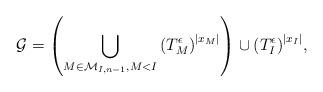
LaTeX: \begin{align*} {\mathcal{G}} = \left(\bigcup _{M \in \mathcal{M}_{I,n-1}, M<I} {(T_M^{\epsilon})}^{|x_M|} \right) \cup {(T_I^{\epsilon})}^{|x_I|}, \end{align*}